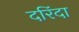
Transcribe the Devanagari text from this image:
दरिंदा